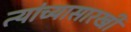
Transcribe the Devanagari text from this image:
त्यांच्यासारखी